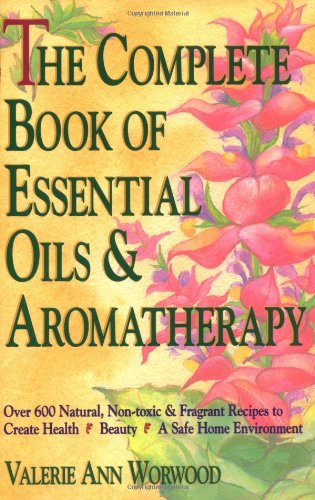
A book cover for The Complete Book of Essential Oils and Aromatherapy: Over 600 Natural, Non-Toxic and Fragrant Recipes to Create Health EE Beauty EE a Safe Home Environment; Valerie Ann Worwood; Crafts, Hobbies & Home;